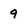
Character: 9